Annual report of the Madras Medical College
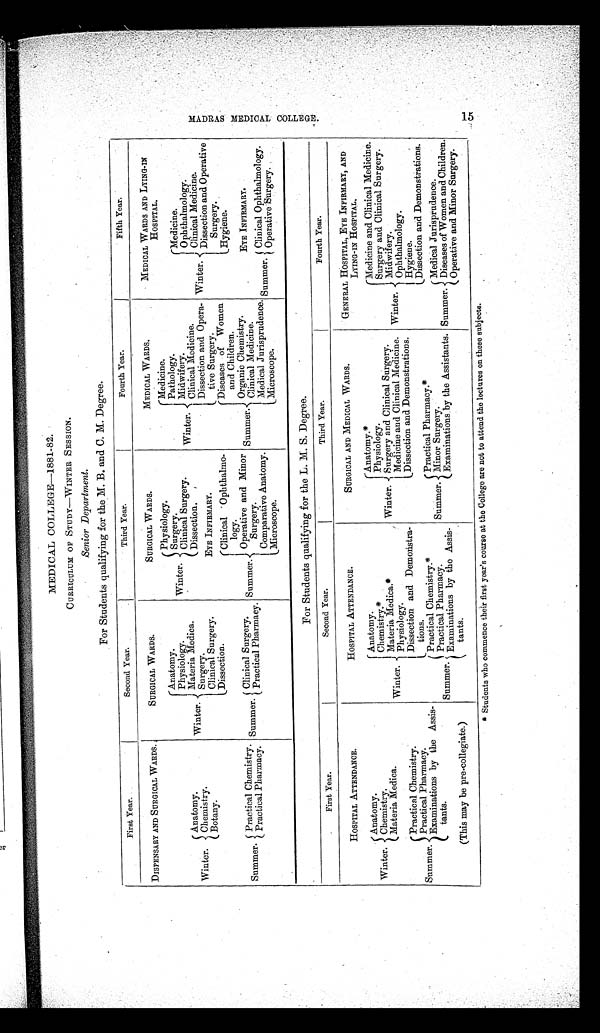
MADRAS MEDICAL COLLEGE. 15
MEDICAL COLLEGE-1881-82.
CURRICULUM OF STUDY—WINTER SESSION.
Senior Department.
For Students qualifying for the M. B. and C. M. Degree.
First Year.
Second Year.
Third Year.
Fourth Year.
Fifth Year.
DISPENSARY AND SURGICAL WARDS.
SURGICAL WARDS.
SURGICAL WARDS.
MEDICAL WARDS.
MEDICAL WARDS AND LYING-IN
HOSPITAL.
Winter.
Anatomy.
Chemistry.
Botany.
Winter.
Anatomy.
Physiology.
Materia Medica.
Surgery.
Clinical Surgery.
Dissection.
Winter.
Physiology.
Surgery.
Clinical Surgery.
Dissection.
Winter.
Medicine.
Pathology.
Midwifery.
Clinical Medicine.
Dissection and Opera-
tive Surgery.
Winter.
Medicine.
Ophthalmology.
Clinical Medicine.
Dissection and Operative
Surgery
Hygiene.
EYE INFIRMARY.
Summer.
Clinical Ophthalmo-
logy.
Operative and Minor
Surgery.
Comparative Anatomy.
Microscope.
Summer.
Diseases of Women
and Children.
Organic Chemistry.
Clinical Medicine.
Medical Jurisprudence.
Microscope.
Summer. Practical Chemistry.
Practical Pharmacy. Summer. Clinical Surgery.
Practical Pharmacy.
EYE INFIRMARY.
Summer. Clinical Ophthalmology.
Operative Surgery.
For Students qualifying for the L. M. S. Degree.
First Year.
Second Year.
Third Year.
Fourth Year.
HOSPITAL ATTENDANCE.
HOSPITAL ATTENDANCE.
SURGICAL AND MEDICAL WARDS.
GENERAL HOSPITAL, EYE INFIRMARY, AND
LYING-IN HOSPITAL.
Winter.
Anatomy.
Chemistry.
Materia Medica.
W i n t e r . Anatomy.
Chemistry.*
Materia Medica.*
Physiology.
Dissection and Demonstra-
t i ons.
Winter.
Anatomy.*
Physiology.
Surgery and Clinical Surgery.
Medicine and Clinical Medicine.
Dissection and Demonstrations.
Winter.
Medicine and Clinical Medicine.
Surgery and Clinical Surgery.
Midwifery.
Ophthalmology.
Hygiene.
Dissection and Demonstrations.
Summer.
Practical Chemistry.
Practical Pharmacy.
Examinations by the Assis-
tants.
Summer.
Practical Pharmacy.*
Minor Surgery.
Examinations by the Assistants.
Summer.
Practical Chemistry.*
Practical Pharmacy.
Examinations by the Assis-
tants.
Summer.
Medical Jurisprudence.
Diseases of Women and Children.
Operative and Minor Surgery.
( This may be pre-collegiate.)
* Students who commence their first year's course at the College are not to attend the lectures on these subjects.